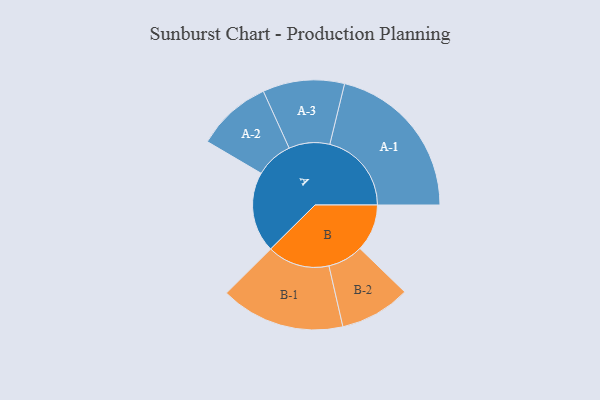
{"axis": {"x": "Segment", "y": "Value"}, "legend": ["", "A", "B"], "data": [{"x": "A", "y": 294, "type": ""}, {"x": "B", "y": 172, "type": ""}, {"x": "A-1", "y": 298, "type": "A"}, {"x": "A-2", "y": 137, "type": "A"}, {"x": "A-3", "y": 149, "type": "A"}, {"x": "B-1", "y": 227, "type": "B"}, {"x": "B-2", "y": 129, "type": "B"}]}